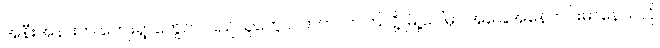
အနီးအနားက ကျေးရွာတွေက ပြည်သူတွေ ပါတက်လာကြလို့ မြို့ပေါ်မှာ အခြေအနေတင်းမာနေသလို